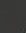
أن